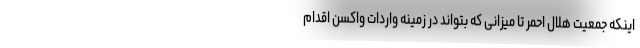
اینکه جمعیت هلال احمر تا میزانی که بتواند در زمینه واردات واکسن اقدام